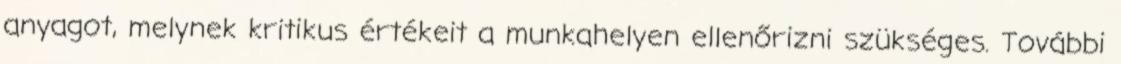
anyagot, melynek kritikus értékeit a munkahelyen ellenőrizni szükséges. További